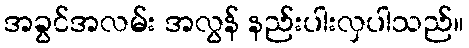
အခွင်အလမ်း အလွန် နည်းပါးလှပါသည်။